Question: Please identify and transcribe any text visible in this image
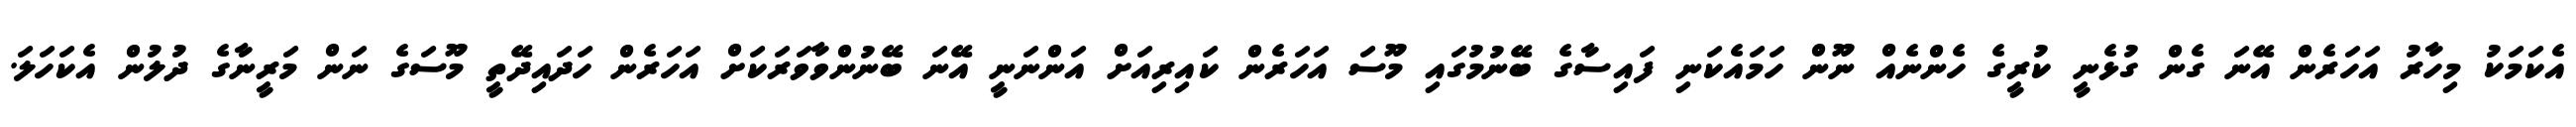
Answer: އެކަމަކު މިހާރު އަހަރެން އޭނަ ގެން ގުޅެނީ ކުރީގެ ހެންނެއް ނޫން ހަމައެކަނި ފައިސާގެ ބޭނުމުގައި މޫސަ އަހަރެން ކައިރިއަށް އަންނަނީ އޭނަ ބޭނުންވާވަރަކަށް އަހަރެން ހަދައިދޭތީ މޫސަގެ ނަން މަރީނާގެ ދުލުން އެކަހަލަ.